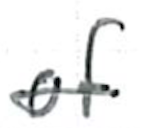
Text: of
Cross-out: single-line
Writing tool: ballpoint